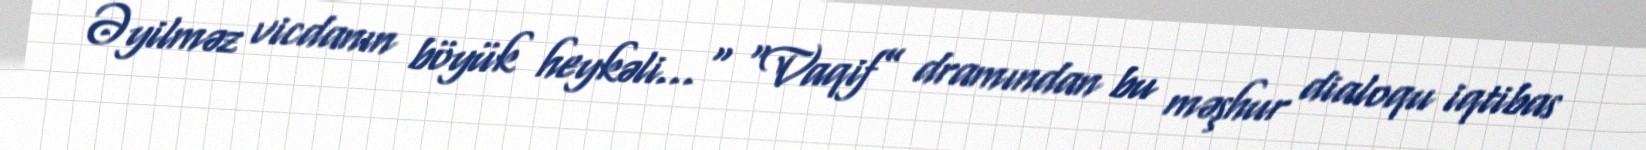
Əyilməz vicdanın böyük heykəli..." “Vaqif” dramından bu məşhur dialoqu iqtibas